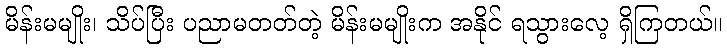
မိန်းမမျိုး၊ သိပ်ပြီး ပညာမတတ်တဲ့ မိန်းမမျိုးက အနိုင် ရသွားလေ့ ရှိကြတယ်။